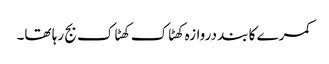
کمرے کا بند دروازہ کھٹاک کھٹاک بج رہا تھا۔